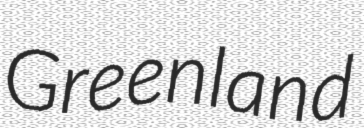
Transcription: Greenland